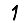
Digit: 1